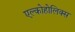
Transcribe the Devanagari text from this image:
एल्कोहोलिक्स